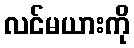
လင်မယားကို